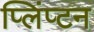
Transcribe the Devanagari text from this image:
प्लिंप्टन